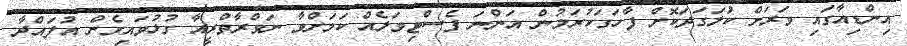
އިންޑިއާގައި ވަރަށް ކުަލަގަދަކޮށް ފާހަގަކުރަމުން އަންނަ ފެސްޓިވަލެއް ކަމަށްވާ ނަވްރާތްރީއާ ގުޅުވައިގެން އުފައްދާ